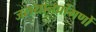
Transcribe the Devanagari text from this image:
जलयानप्रांगणों